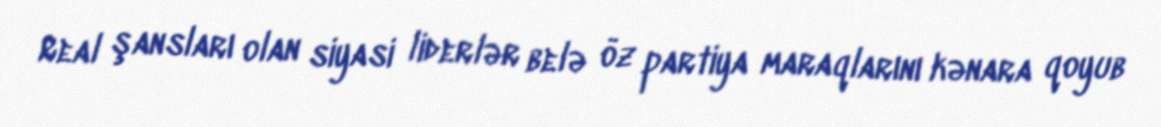
Real şansları olan siyasi liderlər belə öz partiya maraqlarını kənara qoyub